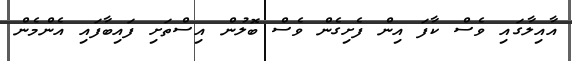
އާއިލާގައި ވެސް ކާފަ އިން ފެށިގެން ވެސް ބޮލުން އިސްތަށި ފައިބާފައި އެންމެން